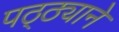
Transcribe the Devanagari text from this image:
पठ्ठ्याने